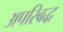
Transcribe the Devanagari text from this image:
अपरिबद्ध